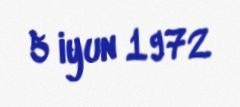
5 iyun 1972